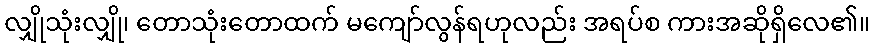
လျှိုသုံးလျှို၊ တောသုံးတောထက် မကျော်လွန်ရဟုလည်း အရပ်စ ကားအဆိုရှိလေ၏။